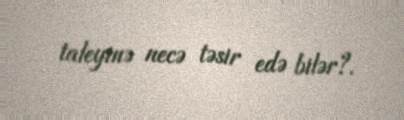
taleyinə necə təsir edə bilər?.